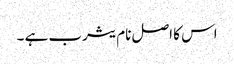
اس کا اصل نام یثرب ہے ۔